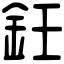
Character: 鈓